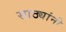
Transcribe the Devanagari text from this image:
साठ्यांनी